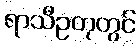
ရာသီဥတုတွင်